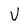
Character: V